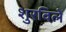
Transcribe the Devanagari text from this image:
शुरविले